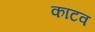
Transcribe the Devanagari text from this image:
काटव